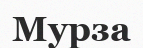
Мурза